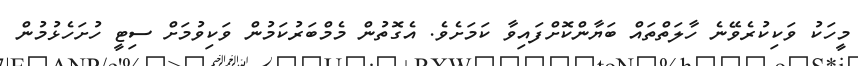
މީހަކު ވަކިކުރެވޭނެ ހާލަތްތައް ބަޔާންކޮށްފައިވާ ކަަމަށެވެ. އެގޮތުން މެމްބަރުކަމުން ވަކިވުމަށް ސިޓީ ހުށަހެޅުމުން